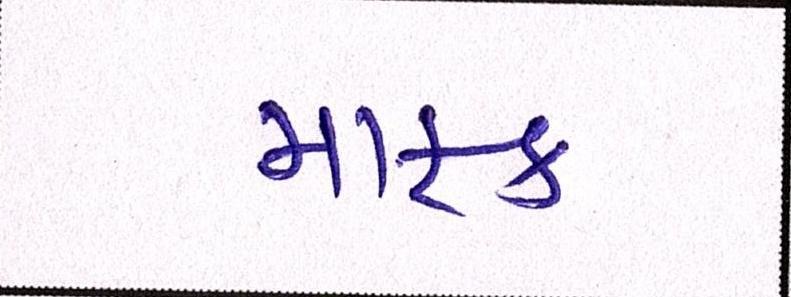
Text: માફક